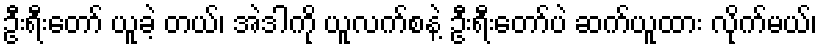
ဦးရီးတော် ယူခဲ့ တယ်၊ အဲဒါကို ယူလက်စနဲ့ ဦးရီးတော်ပဲ ဆက်ယူထား လိုက်မယ်၊